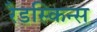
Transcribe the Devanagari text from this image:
रैडस्किन्स